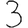
Digit: 3